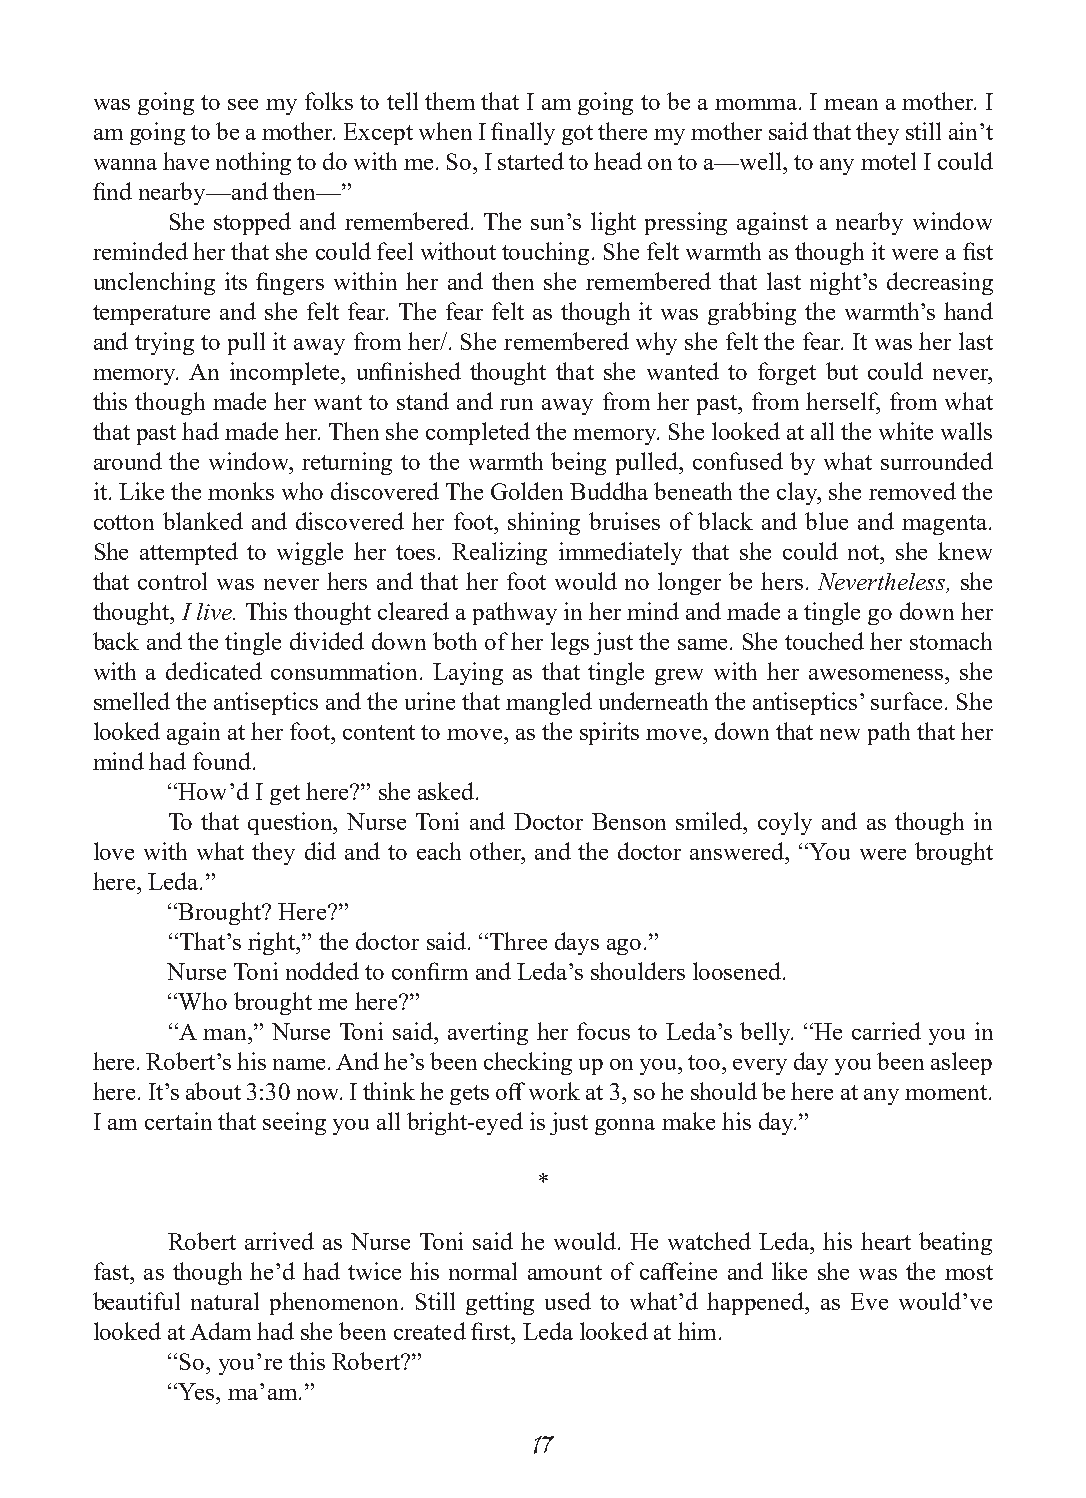
was going to see my folks to tell them that I am going to be a momma. I mean a mother. I
 am going to be a mother. Except when I finally got there my mother said that they still ain’t
 wanna have nothing to do with me. So, I started to head on to a—well, to any motel I could
 find nearby—and then—”
 She stopped and remembered. The sun’s light pressing against a nearby window
 reminded her that she could feel without touching. She felt warmth as though it were a fist
 unclenching its fingers within her and then she remembered that last night’s decreasing
 temperature and she felt fear. The fear felt as though it was grabbing the warmth’s hand
 and trying to pull it away from her/. She remembered why she felt the fear. It was her last
 memory. An incomplete, unfinished thought that she wanted to forget but could never,
 this though made her want to stand and run away from her past, from herself, from what
 that past had made her. Then she completed the memory. She looked at all the white walls
 around the window, returning to the warmth being pulled, confused by what surrounded
 it. Like the monks who discovered The Golden Buddha beneath the clay, she removed the
 cotton blanked and discovered her foot, shining bruises of black and blue and magenta.
 She attempted to wiggle her toes. Realizing immediately that she could not, she knew
 that control was never hers and that her foot would no longer be hers. Nevertheless, she
 thought, I live. This thought cleared a pathway in her mind and made a tingle go down her
 back and the tingle divided down both of her legs just the same. She touched her stomach
 with a dedicated consummation. Laying as that tingle grew with her awesomeness, she
 smelled the antiseptics and the urine that mangled underneath the antiseptics’ surface. She
 looked again at her foot, content to move, as the spirits move, down that new path that her
 mind had found.
 “How’d I get here?” she asked.
 To that question, Nurse Toni and Doctor Benson smiled, coyly and as though in
 love with what they did and to each other, and the doctor answered, “You were brought
 here, Leda.”
 “Brought? Here?”
 “That’s right,” the doctor said. “Three days ago.”
 Nurse Toni nodded to confirm and Leda’s shoulders loosened.
 “Who brought me here?”
 “A man,” Nurse Toni said, averting her focus to Leda’s belly. “He carried you in
 here. Robert’s his name. And he’s been checking up on you, too, every day you been asleep
 here. It’s about 3:30 now. I think he gets off work at 3, so he should be here at any moment.
 I am certain that seeing you all bright-eyed is just gonna make his day.”
 *
 Robert arrived as Nurse Toni said he would. He watched Leda, his heart beating
 fast, as though he’d had twice his normal amount of caffeine and like she was the most
 beautiful natural phenomenon. Still getting used to what’d happened, as Eve would’ve
 looked at Adam had she been created first, Leda looked at him.
 “So, you’re this Robert?”
 “Yes, ma’am.”
 17